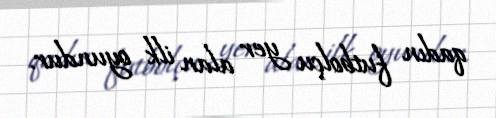
qadın futbolçu yer alan ilk oyundur.